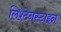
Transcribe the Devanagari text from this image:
लिश्टेनस्टाइन